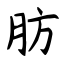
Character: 肪